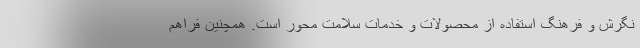
نگرش و فرهنگ استفاده از محصولات و خدمات سلامت محور است. همچنین فراهم